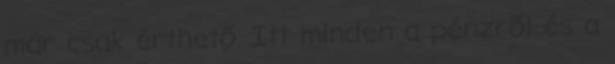
már csak érthető. Itt minden a pénzről és a